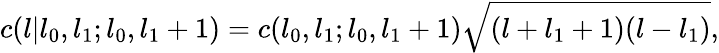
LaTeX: c(l|l_{0},l_{1};l_{0},l_{1}+1)=c(l_{0},l_{1};l_{0},l_{1}+1)\sqrt{(l+l_{1}+1)(l-l_{1})},